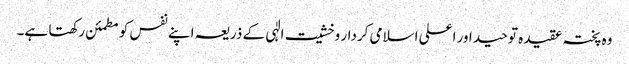
وہ پختہ عقیدہ توحید اور اعلی اسلامی کردار وخشیت الٰہی کے ذریعہ اپنے نفس کو مطمئن رکھتا ہے۔